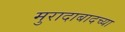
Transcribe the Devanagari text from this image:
मुरादाबादच्या